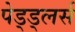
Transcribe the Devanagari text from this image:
पेड्ड्लर्स